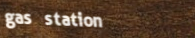
gas station